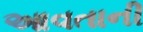
આવતાની